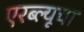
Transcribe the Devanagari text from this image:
एरब्ल्यूचा